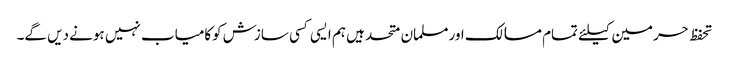
تحفظ حرمین کیلئے تمام مسالک اورمسلمان متحد ہیں ہم ایسی کسی سازش کوکامیاب نہیں ہونے دیں گے۔